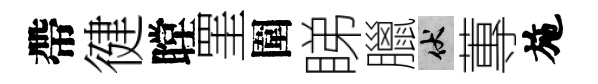
帶徤瞠罣圍睇臘伏蓴施